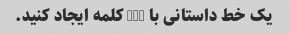
یک خط داستانی با 100 کلمه ایجاد کنید.